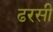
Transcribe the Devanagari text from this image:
ढरसी